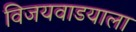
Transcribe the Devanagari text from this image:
विजयवाडयाला